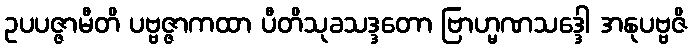
ဥပပဇ္ဇာမီတိ ပဗ္ဗဇ္ဇာကထာ ပီတိသုခသဒ္ဒတော ဗြာဟ္မဏသဒ္ဒေါ အနုပဗ္ဗဇိ